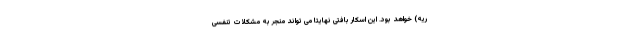
ریه) خواهد بود. این اسکار بافتی نهایتا می تواند منجر به مشکلات تنفسی